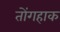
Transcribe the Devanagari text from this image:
तोंगहाक